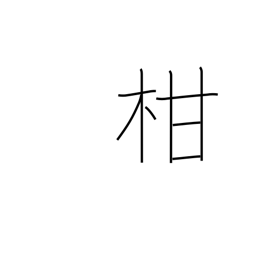
Meaning: citrus